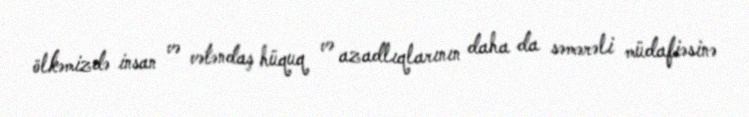
ölkəmizdə insan və vətəndaş hüquq və azadlıqlarının daha da səmərəli müdafiəsinə